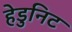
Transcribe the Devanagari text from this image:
हेडुनिट